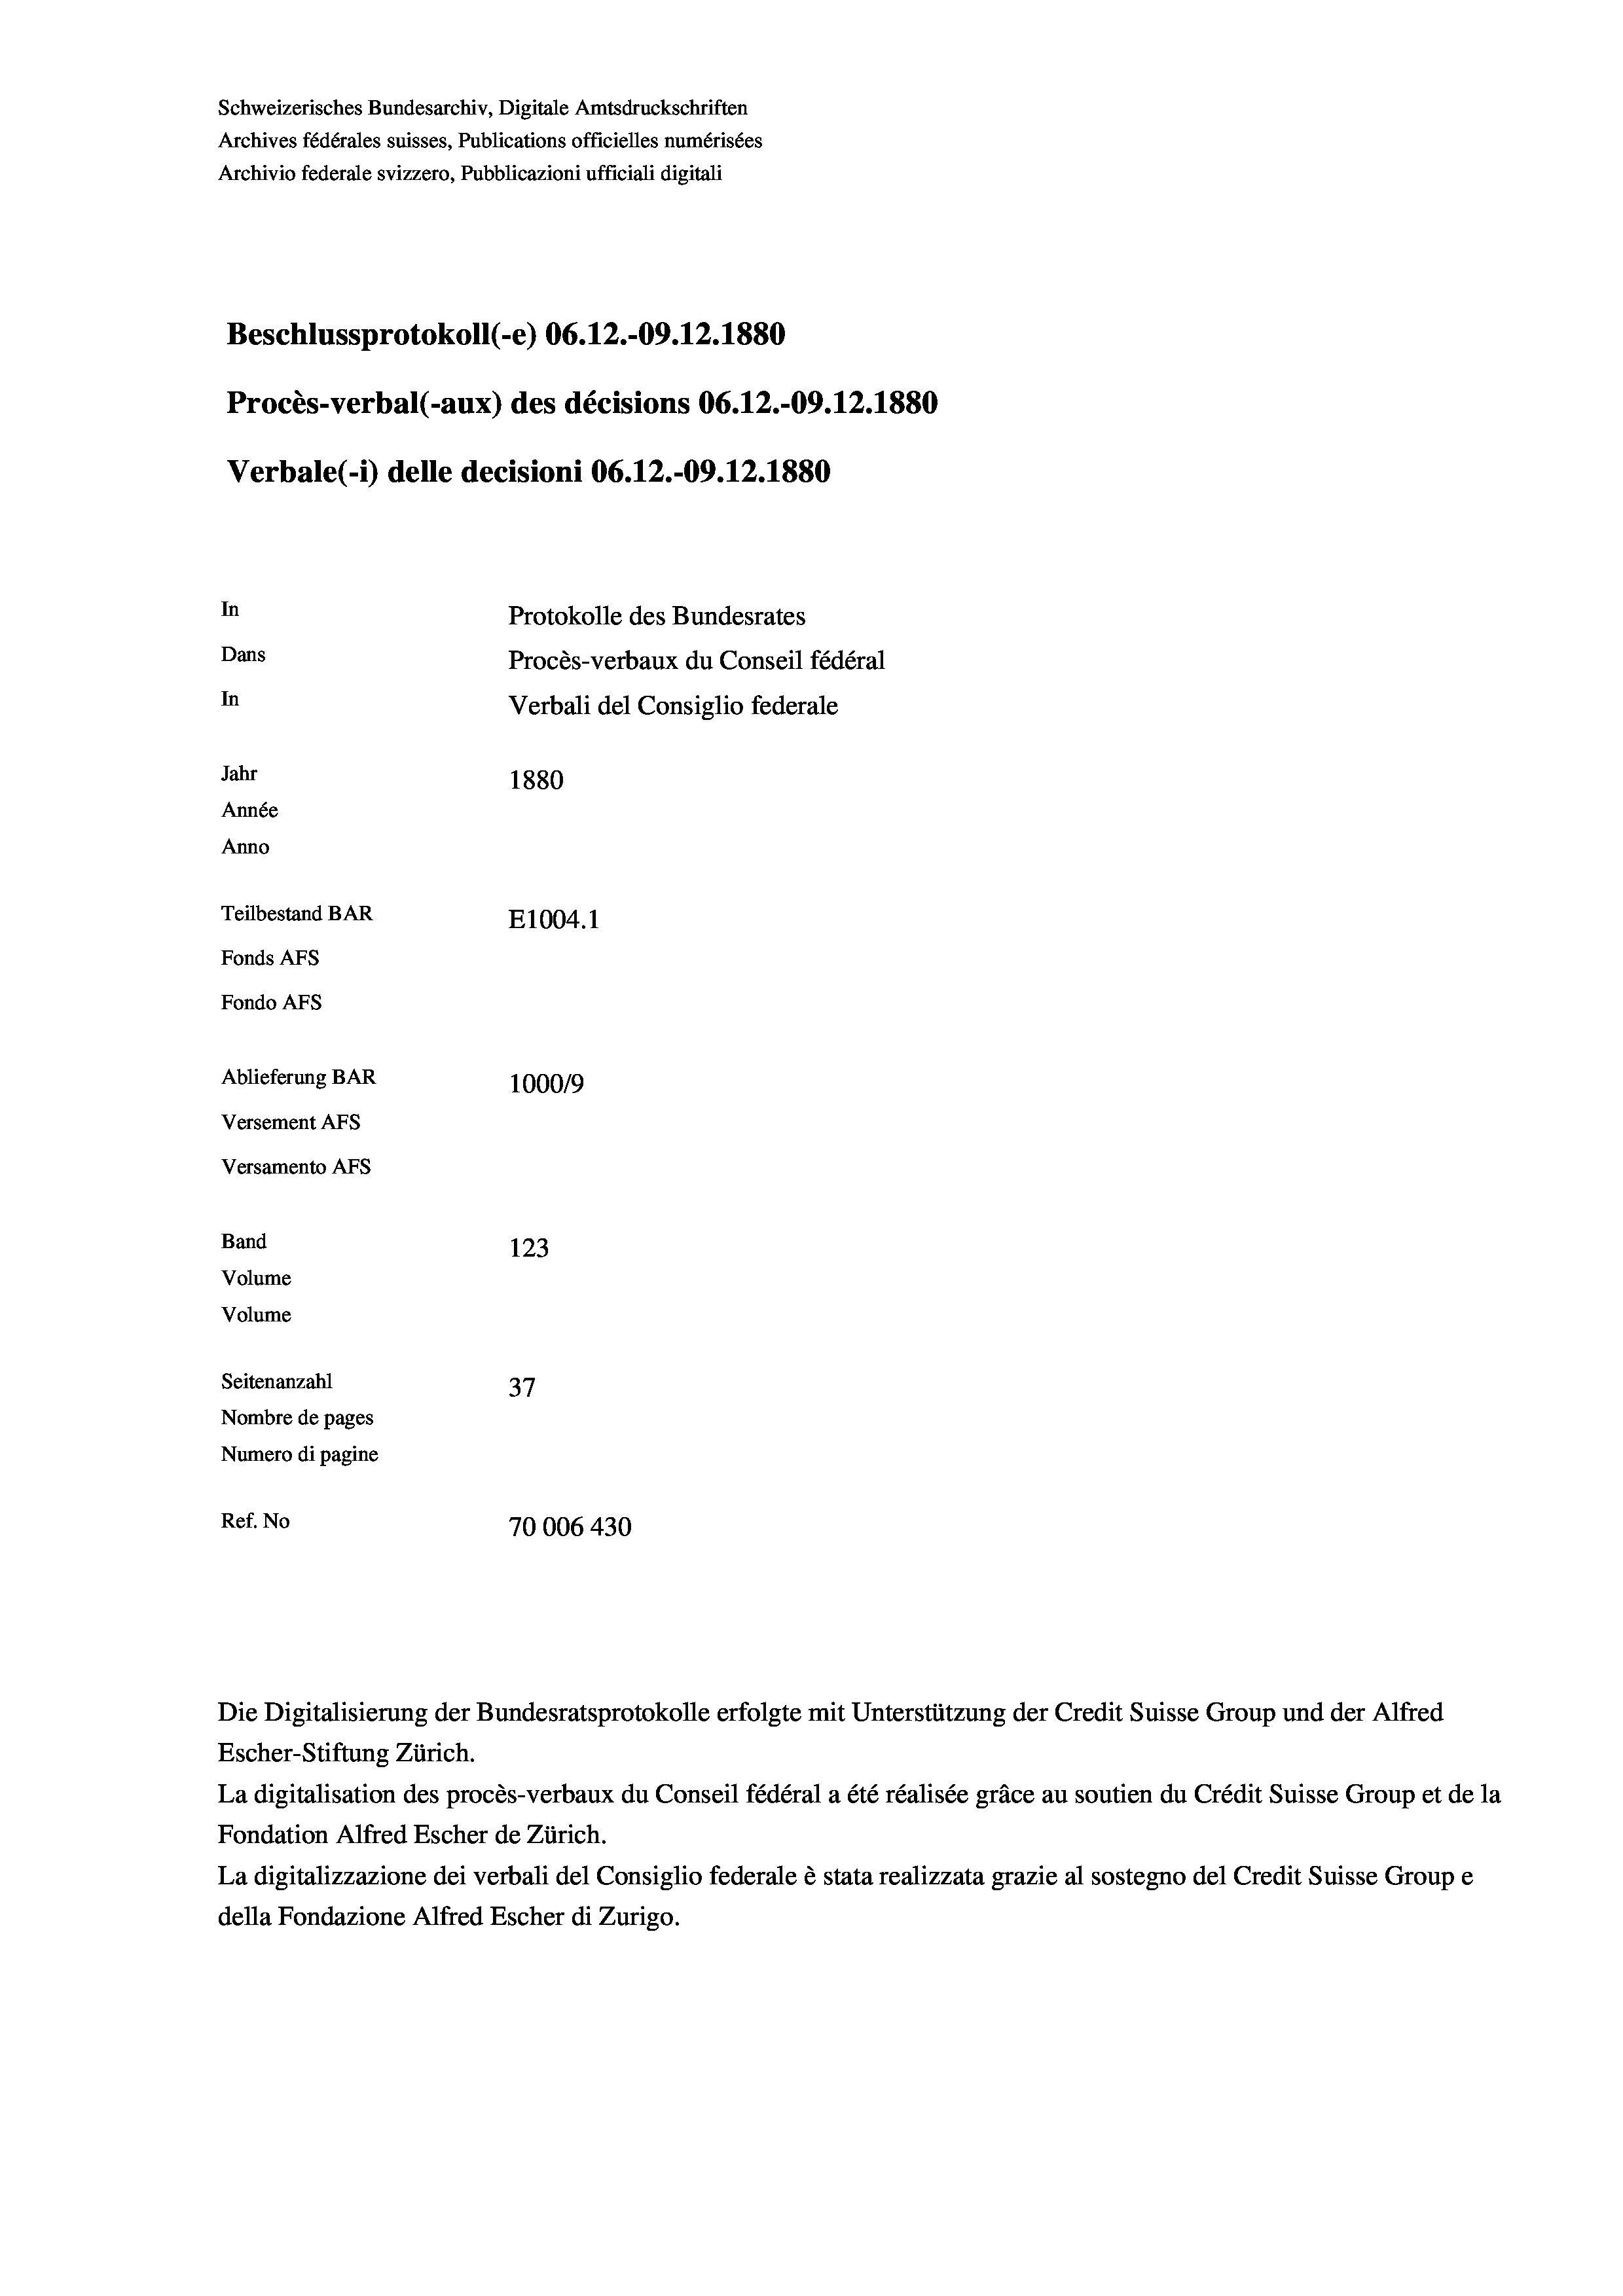
Schweizerisches Bundesarchiv, Digitale Amtsdruckschriften
Archives fédérales suisses, Publications officielles numérisées
Archivio federale svizzero, Pubblicazioni ufficiali digitali
Beschlussprotokoll (-e) 06.12.-09.12.1880
Procès-verbal (-aux) des décisions 06.12.-09.12.1880
Verbale (1) delle decisioni 06.12.-09.12.1880
In
Protokolle des Bundesrates
Dans
Procès-verbaux du Conseil fédéral
In
Verbali del Consiglio federale
Jahr
1880
Année
Anno
Teilbestand BAR
E1004.1
Fonds AFs
Fondo AFS
Ablieferung BAR
100019
Versement AFs
Versamento Afs
Band
123
Volume
Volume
Seitenanzahl
37
Nombre de pages
Numero di pagine
Ref. No
70006 430

Die Digitalisierung der Bundesratsprotokolle erfolgte mit Unterstützung der Credit Suisse Group und der Alfred
Escher-Stiftung Zürich.
La digitalisation des procès-verbaux du Conseil fédéral a été réalisée gräce au soutien du Crédit Suisse Group et de la
Fondation Alfred Escher de Zürich.
La digitalizzazione dei verbali del Consiglio federale è stata realizzata grazie al sostegno del Credit Suisse Groupe
della Fondazione Alfred Escher di Zurigo.